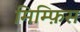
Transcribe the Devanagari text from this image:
मिम्फ़िस